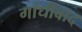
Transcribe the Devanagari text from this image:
गांधीबाद